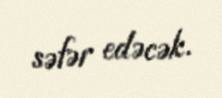
səfər edəcək.